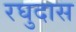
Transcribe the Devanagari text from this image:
रघुदास